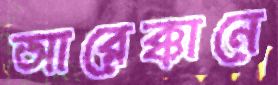
আরেক্কানে